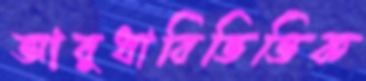
আবুধাবিভিত্তিক